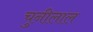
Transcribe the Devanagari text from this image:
चुनीलाल